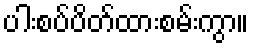
ပါးစပ်ပိတ်ထားစမ်းကွာ။